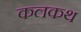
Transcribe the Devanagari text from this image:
कलकथ